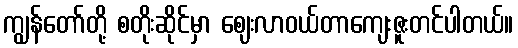
ကျွန်တော်တို့ စတိုးဆိုင်မှာ ဈေးလာဝယ်တာကျေးဇူးတင်ပါတယ်။